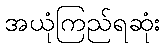
အယုံကြည်ရဆုံး